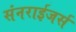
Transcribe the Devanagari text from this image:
संनराईजर्स